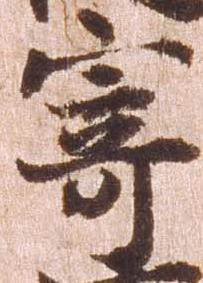
寄